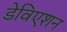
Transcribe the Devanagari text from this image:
डेविएशन